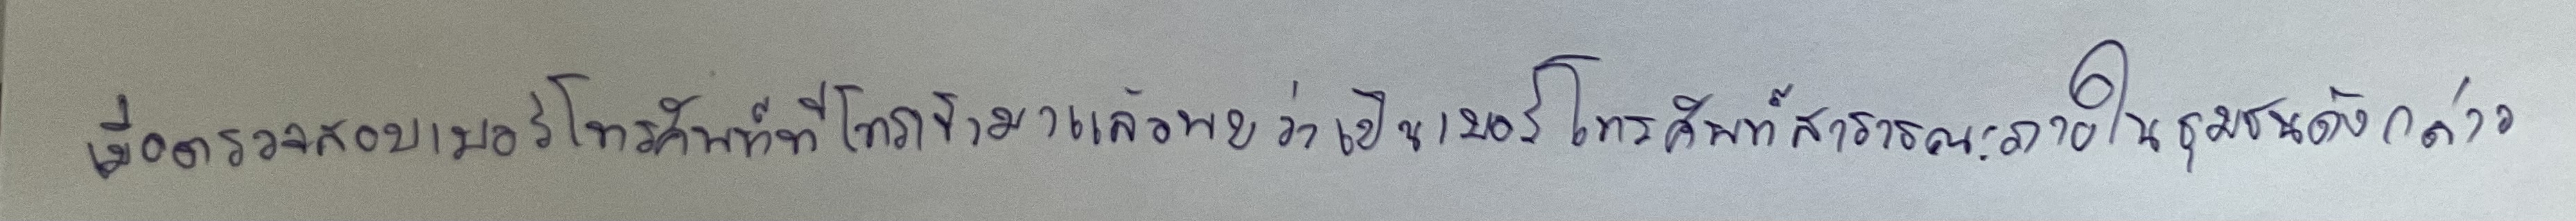
เมื่อตรวจสอบเบอร์โทรศัพท์ที่โทรเข้ามาแล้วพบว่าเป็นเบอร์โทรศัพท์สาธารณะภายในชุมชนดังกล่าว